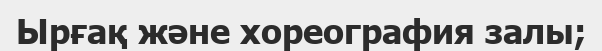
Ырғақ және хореография залы;